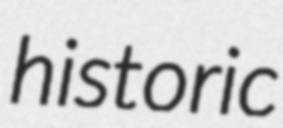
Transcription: historic